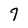
Character: 7